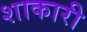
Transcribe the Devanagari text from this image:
शाकारी